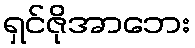
ရှင်ဇိုအာဘေး